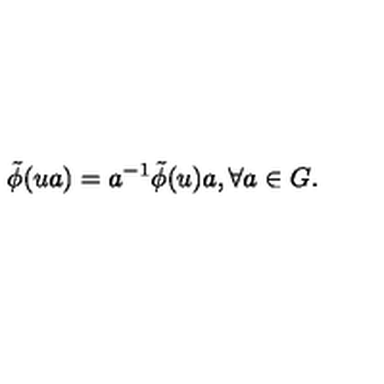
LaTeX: \tilde { \phi } ( u a ) = a ^ { - 1 } \tilde { \phi } ( u ) a , \forall a \in G .